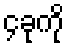
၄ခုကို